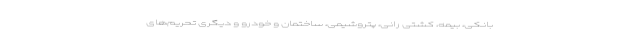
بانکی، بیمه، کشتی رانی، پتروشیمی، ساختمان و خودرو و دیگری تحریم‌های